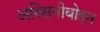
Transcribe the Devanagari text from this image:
अस्सिनीबोइन